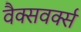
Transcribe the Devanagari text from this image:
वैक्सवर्क्स